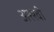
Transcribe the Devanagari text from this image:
अश्श्वी